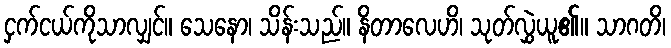
ငှက်ငယ်ကိုသာလျှင်။ သေနော၊ သိန်းသည်။ နိတာလေဟိ၊ သုတ်လွှဲယူ၏။ သာဂတိ၊